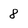
Character: 8